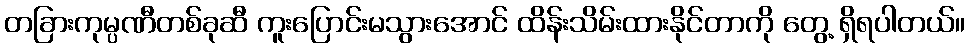
တခြားကုမ္ပဏီတစ်ခုဆီ ကူးပြောင်းမသွားအောင် ထိန်းသိမ်းထားနိုင်တာကို တွေ့ ရှိရပါတယ်။